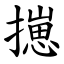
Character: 㩄